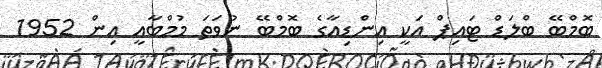
ބޮމްބޭ ބްލަޑް ޓައިޕް އަކީ އިންޑިއާގެ ބޮމްބޭ ނުވަތަ މުމްބާއީ އިން 1952